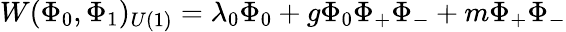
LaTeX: W(\Phi_{0},\Phi_{1})_{U(1)}=\lambda_{0}\Phi_{0}+g\Phi_{0}\Phi_{+}\Phi_{-}+m\Phi_{+}\Phi_{-}